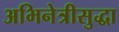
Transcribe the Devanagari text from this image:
अभिनेत्रीसुद्धा